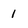
Character: 1